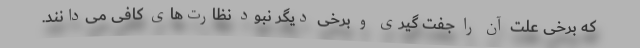
که برخی علت آن را جفت گیری و برخی دیگر نبود نظارت‌های کافی می‌دانند.